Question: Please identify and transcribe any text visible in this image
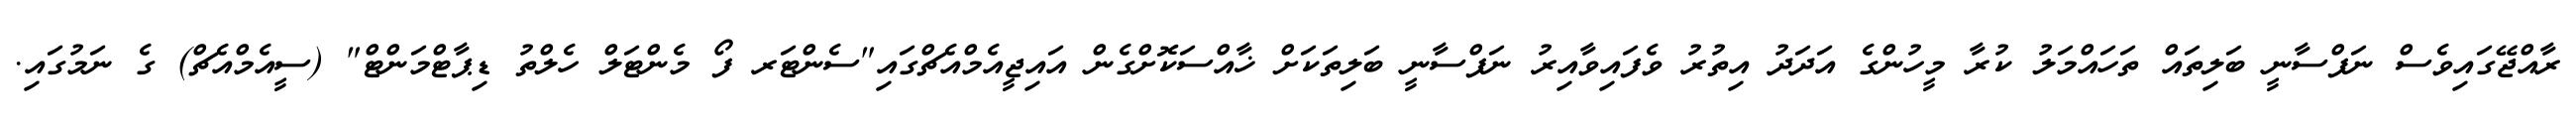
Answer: ރާއްޖޭގައިވެސް ނަފްސާނީ ބަލިތައް ތަހައްމަލު ކުރާ މީހުންގެ އަދަދު އިތުރު ވެފައިވާއިރު ނަފްސާނީ ބަލިތަކަށް ޚާއްސަކޮށްގެން އައިޖީއެމްއެޗްގައި"ސެންޓަރ ފޯ މެންޓަލް ހެލްތު ޑިޕާޓްމަންޓް" (ސީއެމްއެޗް) ގެ ނަމުގައި.